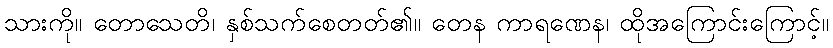
သားကို။ တောသေတိ၊ နှစ်သက်စေတတ်၏။ တေန ကာရဏေန၊ ထိုအကြောင်းကြောင့်။